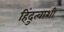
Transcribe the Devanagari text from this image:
हिंदुत्वाशी